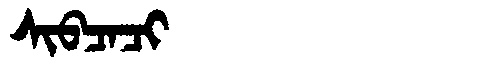
Manchu: ᠰᡳᠪᠴᠠᠴᡳ
Romanization: SIBCACI